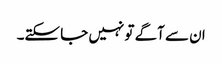
ان سے آگے تو نہیں جا سکتے۔